Civil Veterinary Department Bengal reports 1933-51 - 1933-1951
Year: 1933
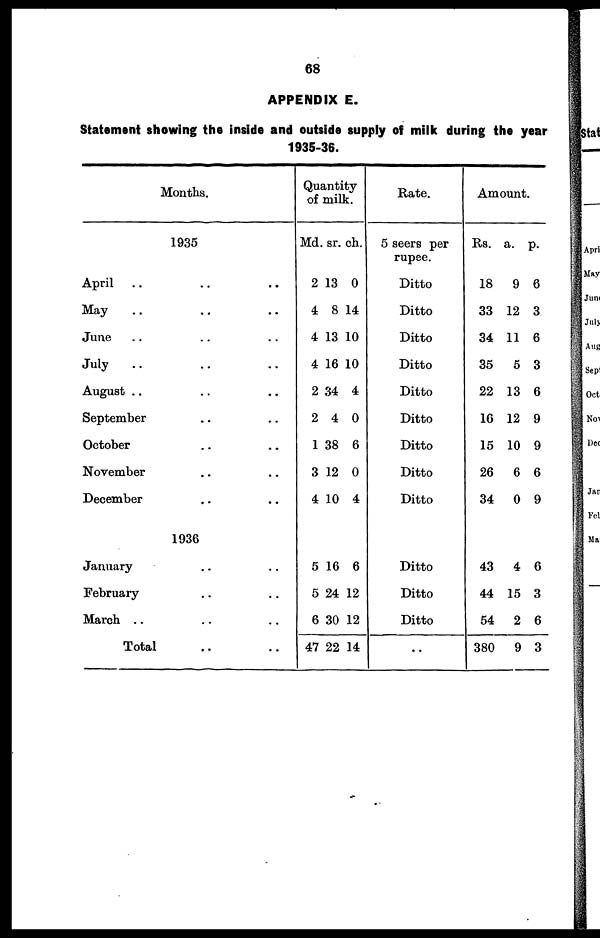
68
APPENDIX E.
Statement showing the inside and outside supply of milk during the year
1935-36.
Months.
1935
April ..
May ..
June ..
July ..
August ..
September
October
November
December
..
..
..
..
..
..
..
..
..
..
..
..
..
..
..
..
..
..
1936
January
February
March ..
Total
..
..
..
..
..
..
..
..
Quantity
of milk.
Md.
2
4
4
4
2
2
1
3
4
sr.
13
8
13
16
34
4
38
12
10
ch.
0
14
10
10
4
0
6
0
4
5
5
6
47
16
24
30
22
6
12
12
14
Rate.
5 seers per
rupee.
Ditto
Ditto
Ditto
Ditto
Ditto
Ditto
Ditto
Ditto
Ditto
Ditto
Ditto
Ditto
..
Amount.
Rs.
18
33
34
35
22
16
15
26
34
a.
9
12
11
5
13
12
10
6
0
p.
6
3
6
3
6
9
9
6
9
43
44
54
380
4
15
2
9
6
3
6
3